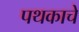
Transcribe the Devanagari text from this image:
पथकाचेे